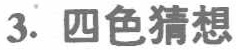
3. 四色猜想